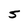
Character: S